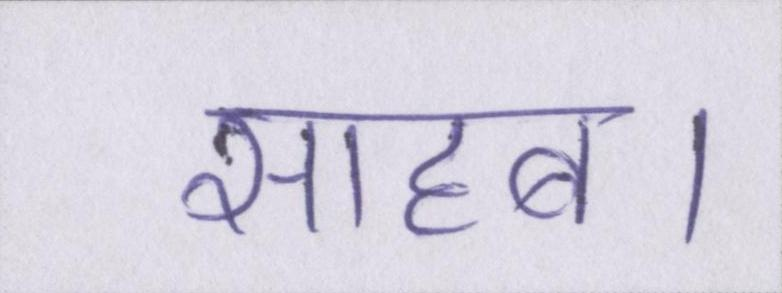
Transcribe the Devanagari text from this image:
साहब।